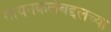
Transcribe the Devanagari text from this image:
गायनकलेबद्दलच्या